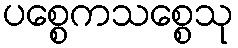
ပစ္စေကသစ္စေသု